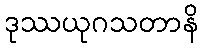
ဒုဿယုဂသတာနိ